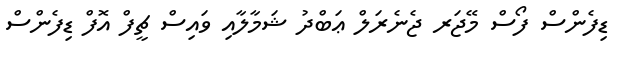
ޑިފެންސް ފޯސް މޭޖަރ ޖެނެރަލް ޢަބްދު ޝަމާލާއި ވައިސް ޗީފް އޮފް ޑިފެންސް